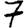
Digit: 7